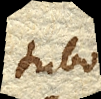
tubo